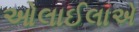
ઓલાઈલાએ